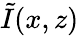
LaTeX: \tilde{I}(x,z)